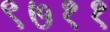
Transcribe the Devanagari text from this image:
९७११